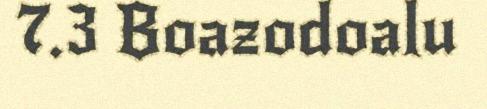
7.3 Boazodoalu